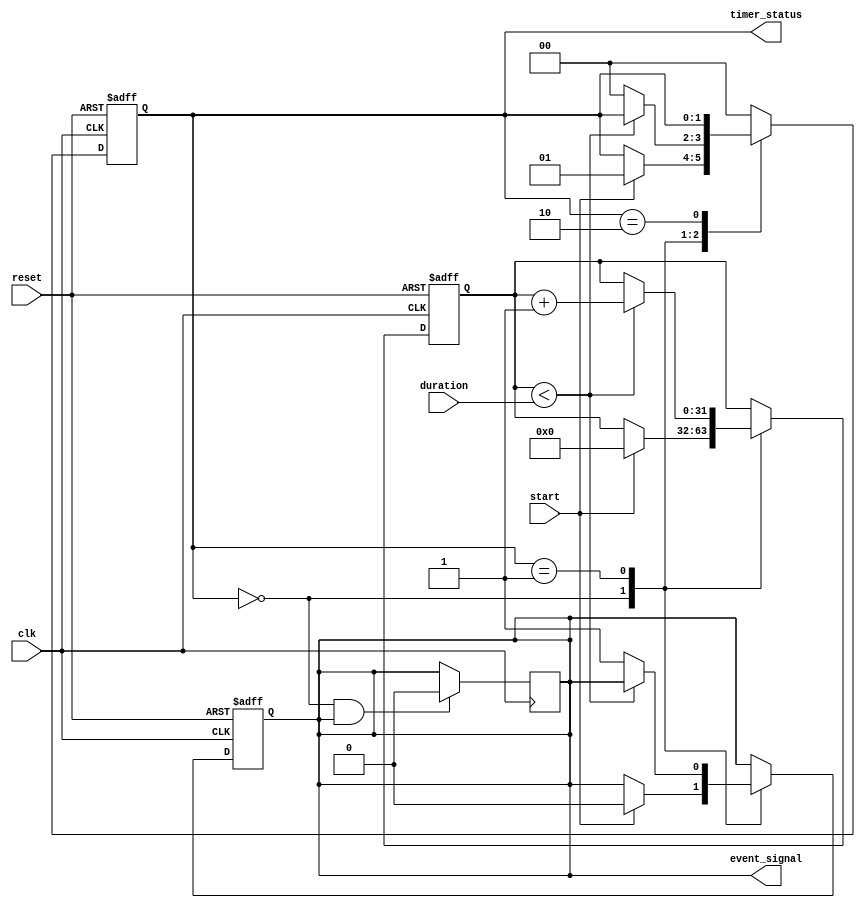
module TimerEventControl (
    input wire clk,              // Clock signal
    input wire start,            // Start signal
    input wire reset,            // Reset signal
    input wire [31:0] duration,  // Time duration
    output reg event_signal,      // Event signal
    output reg [1:0] timer_status // Timer status: 00 = stopped, 01 = running, 10 = reset
);

    // Internal timer variable
    reg [31:0] timer_count;

    // Timer status encoding
    localparam TIMER_STOPPED = 2'b00;
    localparam TIMER_RUNNING = 2'b01;
    localparam TIMER_RESET = 2'b10;

    // Sequential logic for timer operation
    always @(posedge clk or posedge reset) begin
        if (reset) begin
            // Reset condition
            timer_count <= 0;
            event_signal <= 0;
            timer_status <= TIMER_RESET;
        end else begin
            // Normal operation
            case (timer_status)
                TIMER_STOPPED: begin
                    if (start) begin
                        // Start counting
                        timer_count <= 0;
                        event_signal <= 0;
                        timer_status <= TIMER_RUNNING;
                    end
                end
                
                TIMER_RUNNING: begin
                    if (timer_count < duration) begin
                        // Increment timer count
                        timer_count <= timer_count + 1;
                    end else begin
                        // Event triggered
                        event_signal <= 1;
                        timer_status <= TIMER_STOPPED; // Stop after triggering
                    end
                end
                
                TIMER_RESET: begin
                    // Already handled in reset condition
                end
                
                default: begin
                    // Default case (should not happen)
                    timer_status <= TIMER_STOPPED;
                end
            endcase
        end
    end

    // Clear event signal when timer is reset or stopped
    always @(posedge clk) begin
        if (timer_status == TIMER_STOPPED && event_signal) begin
            event_signal <= 0; // Clear event signal when timer is stopped
        end
    end

endmodule